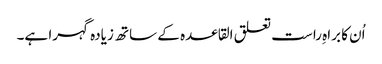
اُن کا براہِ راست تعلق القاعدہ کے ساتھ زیادہ گہرا ہے۔